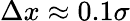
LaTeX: \Delta x\approx 0.1\sigma